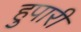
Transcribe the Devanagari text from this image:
हुपारी